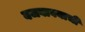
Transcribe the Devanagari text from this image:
बजवावयाची